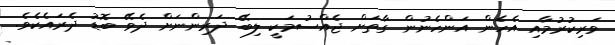
ވަރިކުރުމާއި އެހެން އަންހެނުން ގާތަށް ޖެއްސުމަކީ ލިބޭ ދަރިންނަށް ދެވޭ ބޮޑު ދެރައެކެވެ.